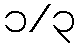
၁/၃